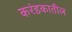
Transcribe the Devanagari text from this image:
करंडकातील